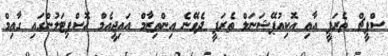
ސްޕީޗް ތެރަޕީ އާއި އޮކިއުޕޭޝަނަލް ތެރަޕީ ދެވޭނެ އިންތިޒާމް އައިޖީއެމް ހޮސްޕިޓަލުންގައި ގާއިމް